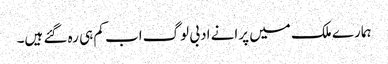
ہمارے ملک میں پرانے ادبی لوگ اب کم ہی رہ گئے ہیں۔